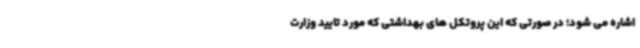
اشاره می شود؛ در صورتی که این پروتکل های بهداشتی که مورد تایید وزارت